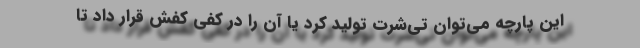
این پارچه می‌توان تی‌شرت تولید کرد یا آن را در کفی کفش قرار داد تا